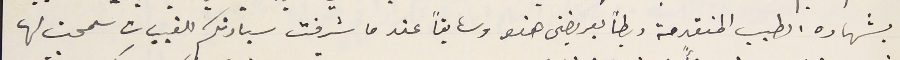
بشهاده الطبىب المنقدمة ربطاً بعريضتى هذه وسابقاً عندما شرفت سيادتكم للقبيات سمحت لها